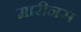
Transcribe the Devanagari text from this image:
मारीनस